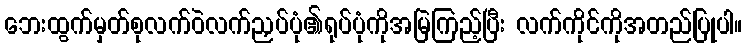
ဘေးထွက်မှတ်စုလက်ဝဲလက်ညှပ်ပုံ၏ရုပ်ပုံကိုအမြဲကြည့်ပြီး လက်ကိုင်ကိုအတည်ပြုပါ။